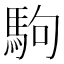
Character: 駒